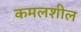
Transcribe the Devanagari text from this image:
कमलशील